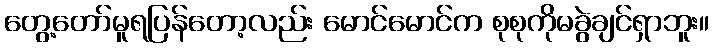
တွေ့တော်မူရပြန်တော့လည်း မောင်မောင်က စုစုကိုမခွဲချင်ရှာဘူး။